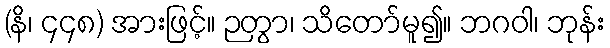
(နိ၊ ၄၄၈) အားဖြင့်။ ဉတွာ၊ သိတော်မူ၍။ ဘဂဝါ၊ ဘုန်း